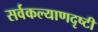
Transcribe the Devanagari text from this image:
सर्वकल्याणदृष्टी